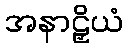
အနာဠှိယံ